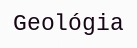
Geológia